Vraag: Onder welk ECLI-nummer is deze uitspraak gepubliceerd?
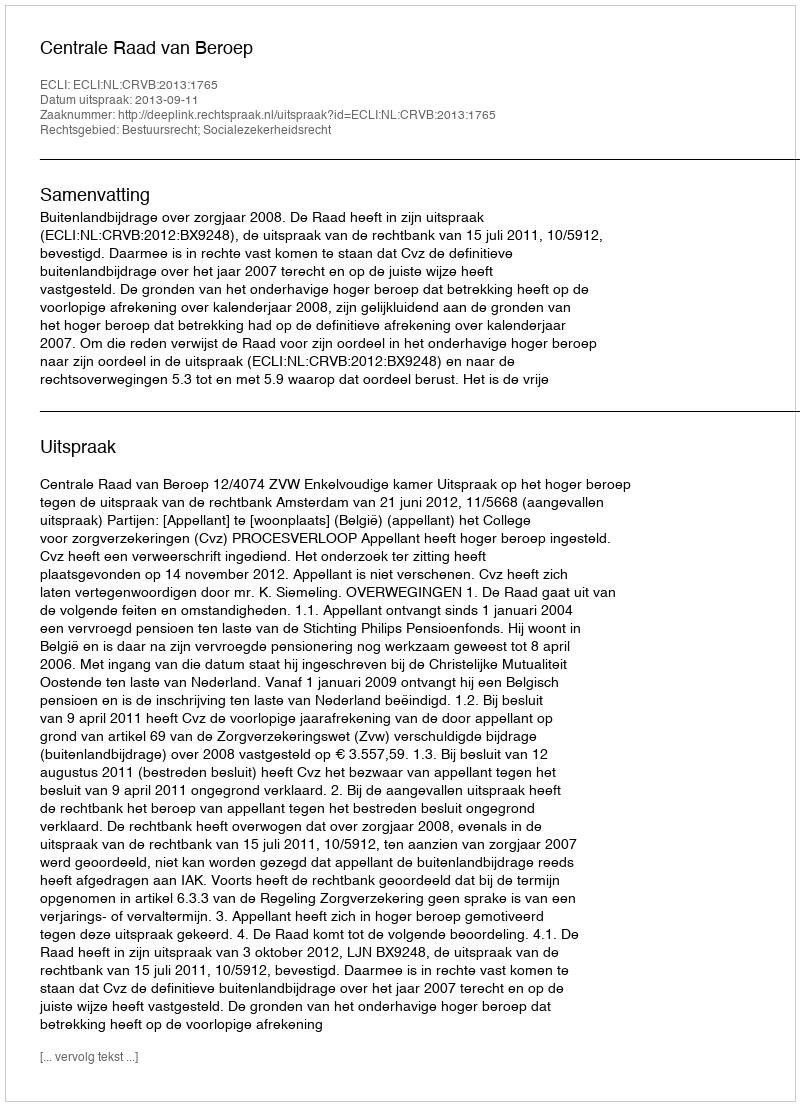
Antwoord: ECLI:NL:CRVB:2013:1765